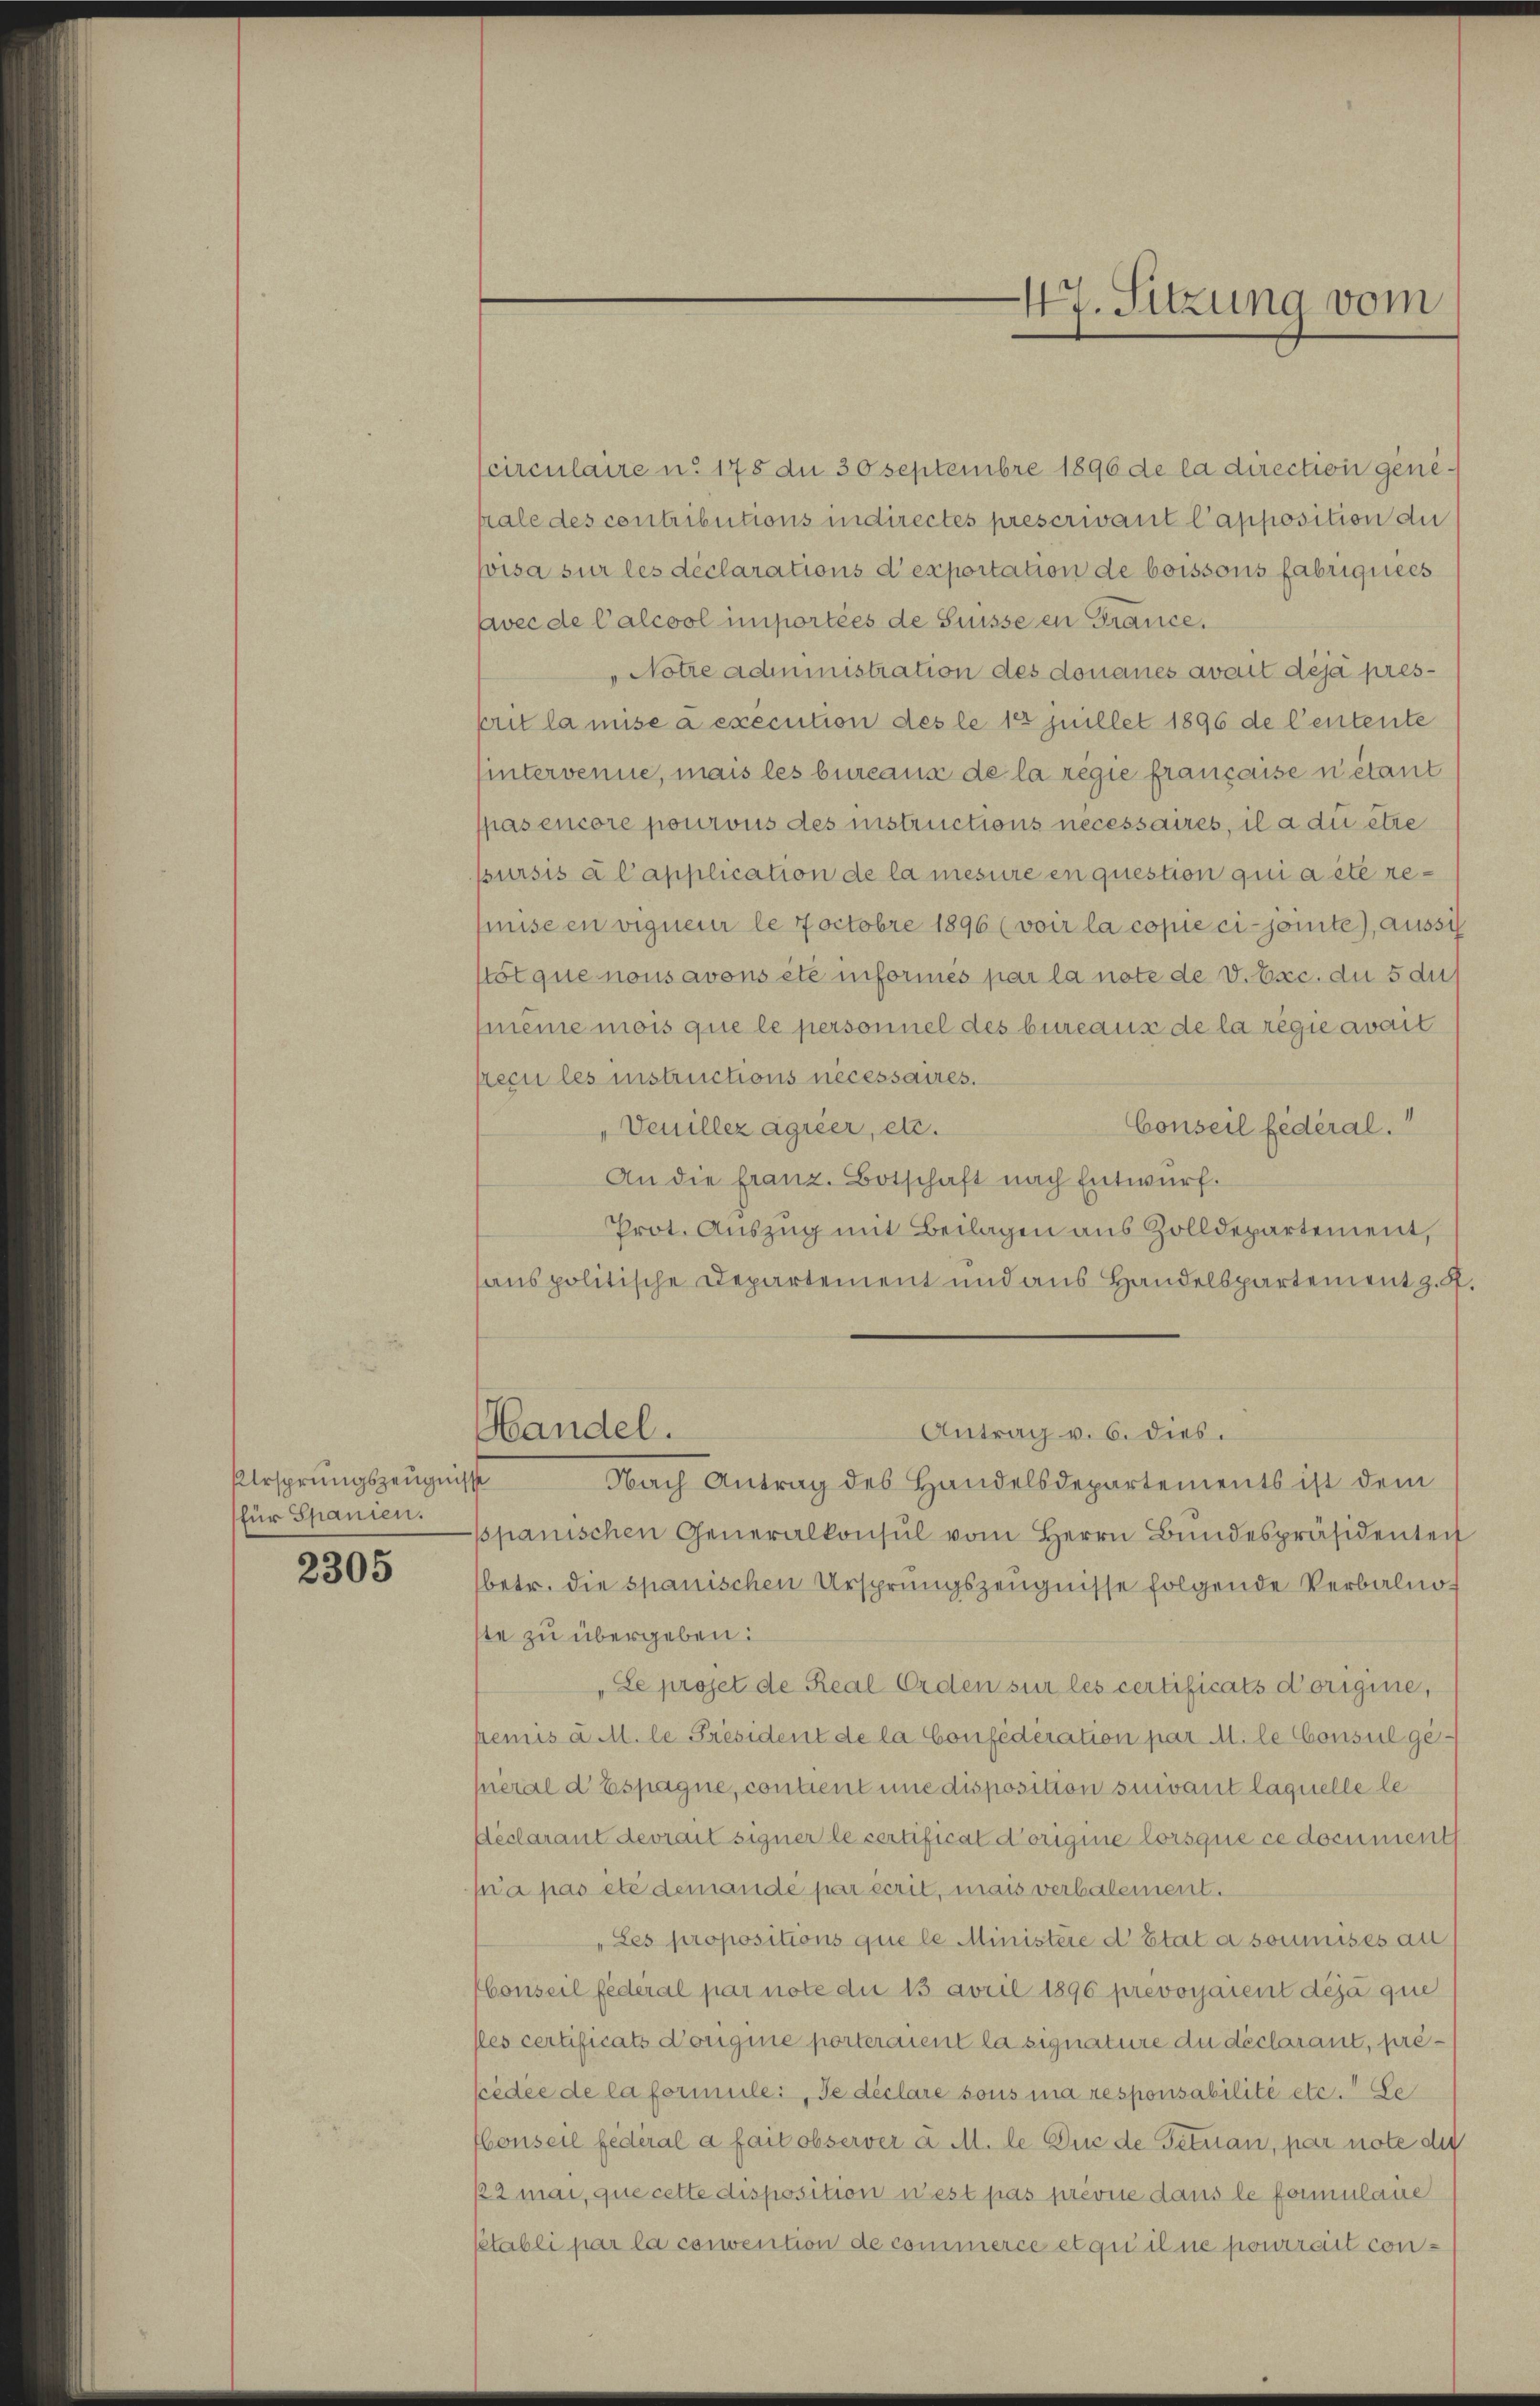
Ursprungszeugnis
für Spanien.

2305

circulaire u. 178 du 30 Septembre 1896 de la direction geneiale des contributions indirectes prescrivant l’apposition de
pisa sur les déclarations d’exportation de boissous fabriquees
avec de Calcool importées de Suisse en France.
"Notre administration des donaues avait déjà presprit la mise à execution des le 18 juillet 1896 de Centente
sintervenue, mais les bureaus de la régie française netant
spasencore pourous des instructions necessaires, il a du etwe
sursis a Capplication de la mesure en question qui a été remiseen vigneur le Joctobre 1896 (voir la copie ci-jöite), ausst
stötque nous avons etc informes par la note de v. Exc. du 5 du
même mois que le personnel des bureaus de la régie avait
reçu les instructions necessaires.
Venillezägieer, etc.
Conseil fédéral.
An die franz. Botschaft nach Entwurf.
Prot. Auszug mit Beilagen aus Zolldepartement,
anspolitische Departement und aus Handelspartement z. S.
Handel.
Antrag v. 6. dies.
.
Nach Antrag des Handelsdepartements ist dem
ppanischen Generalkonsul vom Herrn Bŭndespräsidentei
betr. die spanischen Ursprungszeugnisse folgende Verbalnoste zu übergeben:
„Le projet de Real Orden sur les certificats d’origine,
premis a M. le Président de la Confederation par M. le Consul ge-
hneral d’Espagne, contient une disposition suivant laquelle le
Declarant devrait signer le certificat Norigine lorsque ce documenth
pia pas etc demandé par écrit, mais verbalement.
„Les propositions que le Ministère d’Etat a soumises au
Conseil federal par note die 13 avril 1896 prevosjarent déjà que
lles certificats Kongnie porteraient la signature du déclarant, préfédée de la formulei, de déclare sous ia responsabilité etc. Se
Honseil fédéral a fait observer a M. le Duc de Fetuan, par note die
12 mai, que cette disposition u est pas prévue dans le formlaue
sétabli par la convention de commerce et qu’il ne pourrait con¬

47. Sitzung vom